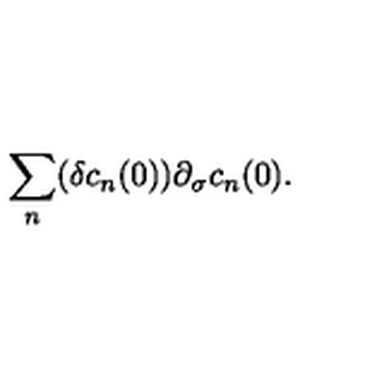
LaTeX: \sum _ { n } ( \delta c _ { n } ( 0 ) ) \partial _ { \sigma } c _ { n } ( 0 ) .